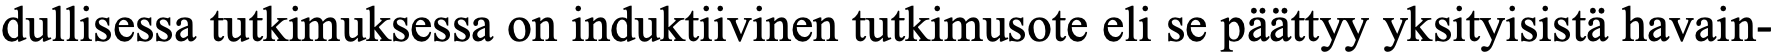
dullisessa tutkimuksessa on induktiivinen tutkimusote eli se päättyy yksityisistä havain-